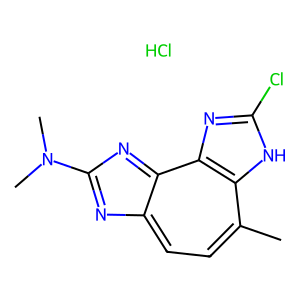
SMILES: Cc1ccc2nc(N(C)C)nc-2c2nc(Cl)[nH]c12.Cl
Inhibits HIV replication: No